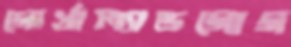
গোর্খাল্যান্ডগোগ